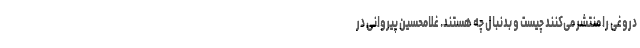
دروغی را منتشر می‌کنند چیست و بدنبال چه هستند. غلامحسین پیروانی در